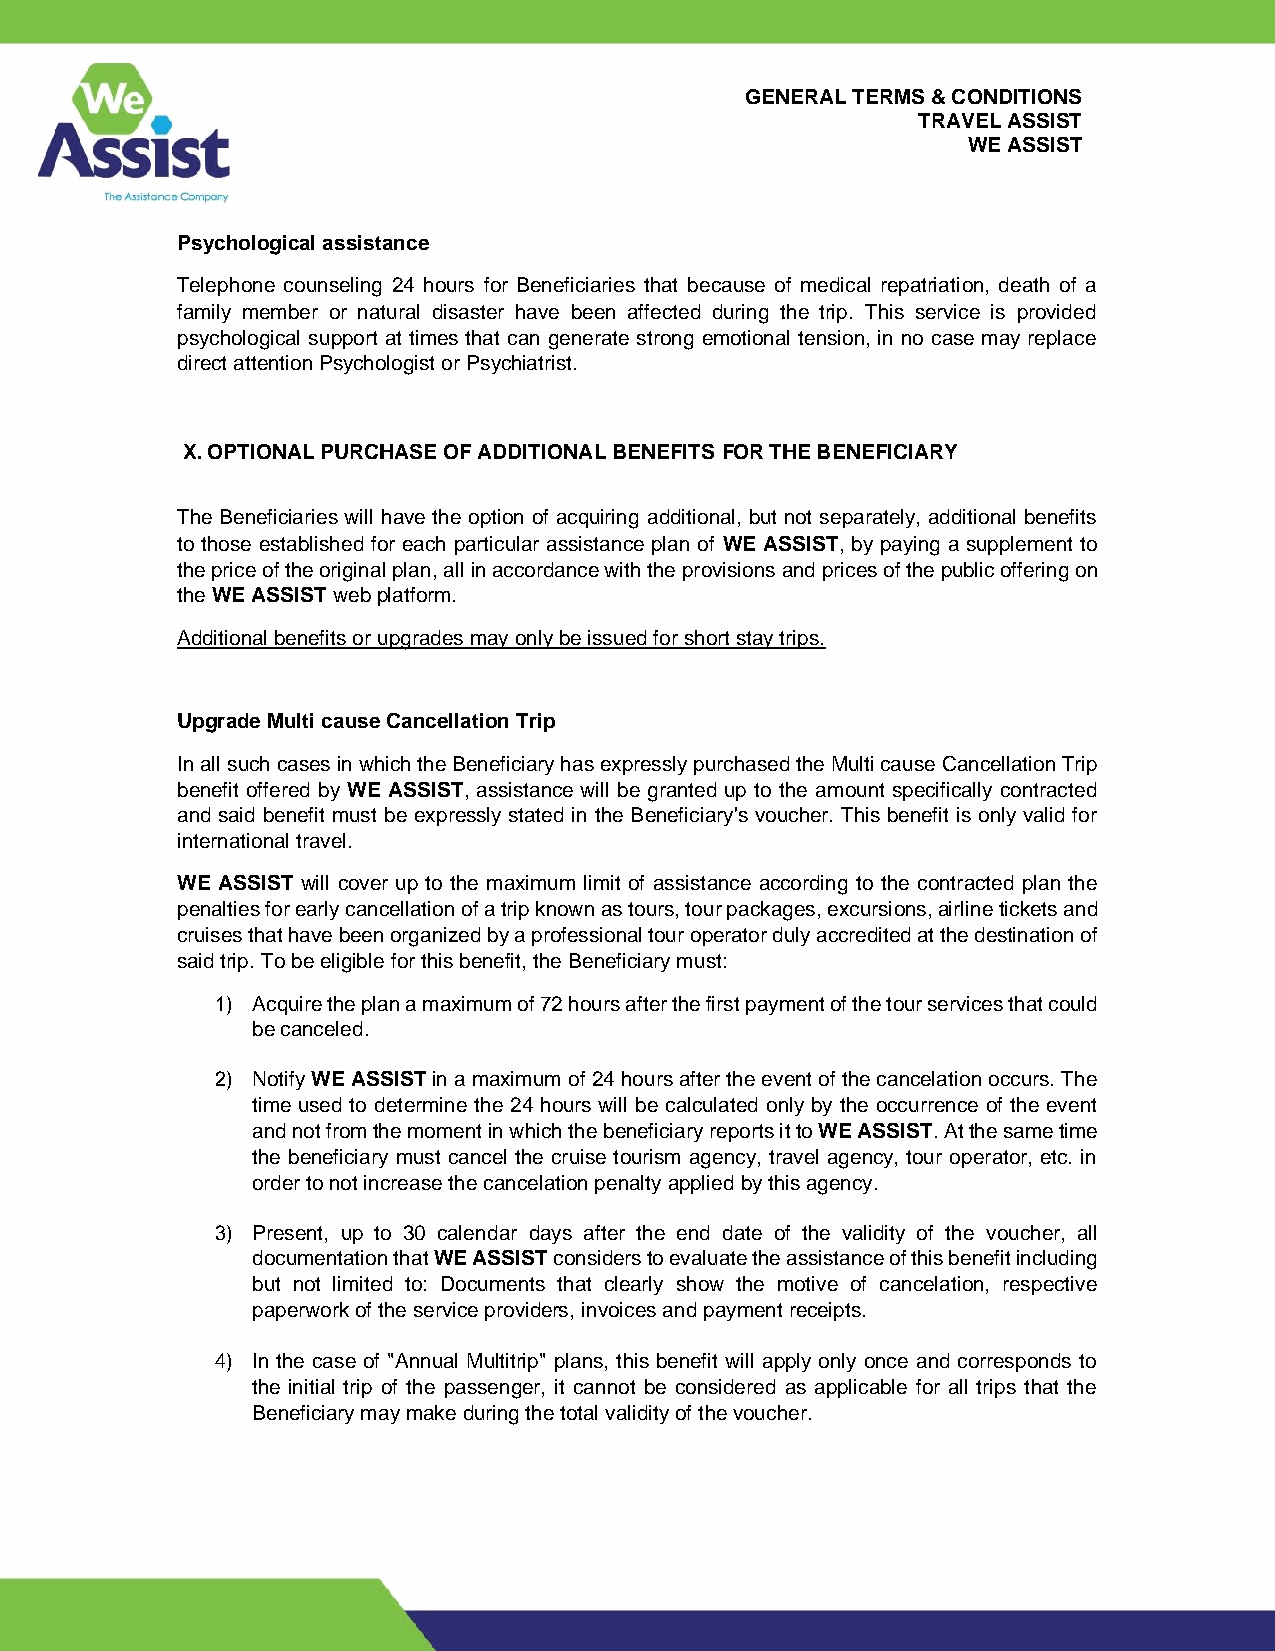
GENERAL TERMS & CONDITIONS
 TRAVEL ASSIST
 WE ASSIST
 Psychological assistance
 Telephone counseling 24 hours for Beneficiaries that because of medical repatriation, death of a
 family member or natural disaster have been affected during the trip. This service is provided
 psychological support at times that can generate strong emotional tension, in no case may replace
 direct attention Psychologist or Psychiatrist.
 X. OPTIONAL PURCHASE OF ADDITIONAL BENEFITS FOR THE BENEFICIARY
 The Beneficiaries will have the option of acquiring additional, but not separately, additional benefits
 to those established for each particular assistance plan of WE ASSIST, by paying a supplement to
 the price of the original plan, all in accordance with the provisions and prices of the public offering on
 the WE ASSIST web platform.
 Additional benefits or upgrades may only be issued for short stay trips.
 Upgrade Multi cause Cancellation Trip
 In all such cases in which the Beneficiary has expressly purchased the Multi cause Cancellation Trip
 benefit offered by WE ASSIST, assistance will be granted up to the amount specifically contracted
 and said benefit must be expressly stated in the Beneficiary's voucher. This benefit is only valid for
 international travel.
 WE ASSIST will cover up to the maximum limit of assistance according to the contracted plan the
 penalties for early cancellation of a trip known as tours, tour packages, excursions, airline tickets and
 cruises that have been organized by a professional tour operator duly accredited at the destination of
 said trip. To be eligible for this benefit, the Beneficiary must:
 1) Acquire the plan a maximum of 72 hours after the first payment of the tour services that could
 be canceled.
 2) Notify WE ASSIST in a maximum of 24 hours after the event of the cancelation occurs. The
 time used to determine the 24 hours will be calculated only by the occurrence of the event
 and not from the moment in which the beneficiary reports it to WE ASSIST. At the same time
 the beneficiary must cancel the cruise tourism agency, travel agency, tour operator, etc. in
 order to not increase the cancelation penalty applied by this agency.
 3) Present, up to 30 calendar days after the end date of the validity of the voucher, all
 documentation that WE ASSIST considers to evaluate the assistance of this benefit including
 but not limited to: Documents that clearly show the motive of cancelation, respective
 paperwork of the service providers, invoices and payment receipts.
 4) In the case of "Annual Multitrip" plans, this benefit will apply only once and corresponds to
 the initial trip of the passenger, it cannot be considered as applicable for all trips that the
 Beneficiary may make during the total validity of the voucher.